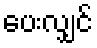
ပေးလျှင်